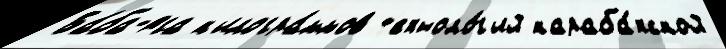
Ба́ба-яга к'илогра́ммов т'ехноло́г'ий караба́хской